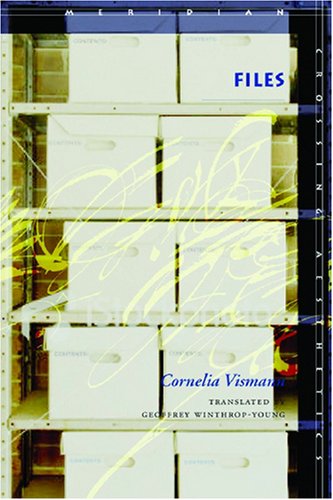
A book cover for Files: Law and Media Technology (Meridian: Crossing Aesthetics); Cornelia Vismann; Law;